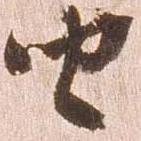
由